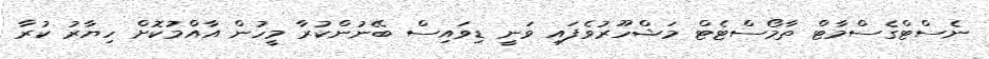
ނެސްޓްގެސްމާޓް ތާމޯސްޓެޓް މަޝްހޫރުވެފައި ވަނީ ޑިވައިސް ބޭނުންކުރާ މީހުން އާއްމުކޮށް ހިޔާރު ކުރާ